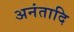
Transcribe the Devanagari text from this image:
अनंतादि